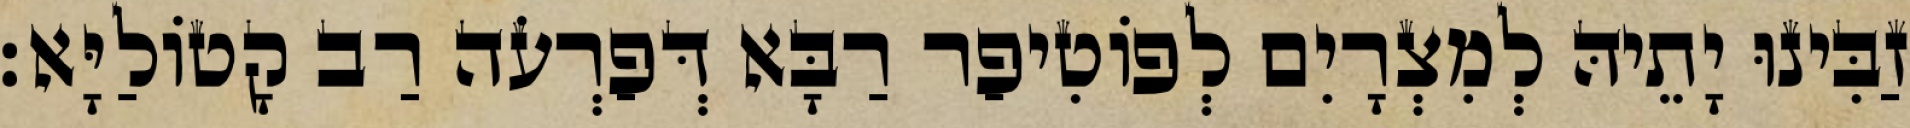
זַבִּינוּ יָתֵיהּ לְמִצְרָיִם לְפוֹטִיפַר רַבָּא דְּפַרְעֹה רַב קָטוֹלַיָּא׃